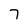
Character: 7